Plague in India, 1896, 1897 - Volume 1
Year: 1896
Disease focus: Plague
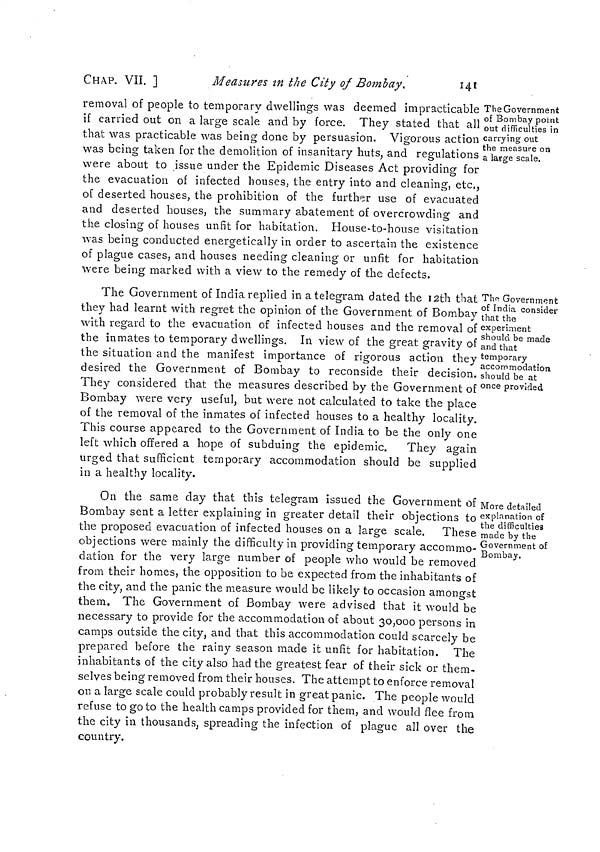
CHAP. VII. ]
Measures in the City of Bombay.
141
The Government
of Bombay point
out difficulties in
carrying out
the measure on
a large scale.
removal of people to temporary dwellings was deemed impracticable
if carried out on a large scale and by force. They stated that all
that was practicable was being done by persuasion. Vigorous action
was being taken for the demolition of insanitary huts, and regulations
were about to issue under the Epidemic Diseases Act providing for
the evacuation of infected houses, the entry into and cleaning, etc.,
of deserted houses, the prohibition of the further use of evacuated
and deserted houses, the summary abatement of overcrowding and
the closing of houses unfit for habitation. House-to-house visitation
was being conducted energetically in order to ascertain the existence
of plague cases, and houses needing cleaning or unfit for habitation
were being marked with a view to the remedy of the defects.
The Government
of India consider
that the
experiment
should be made
and that
temporary
accommodation
should be at
once provided.
The Government of India replied in a telegram dated the 12th that
they had learnt with regret the opinion of the Government of Bombay
with regard to the evacuation of infected houses and the removal of
the inmates to temporary dwellings. In view of the great gravity of
the situation and the manifest importance of rigorous action they
desired the Government of Bombay to reconside their decision.
They considered that the measures described by the Government of
Bombay were very useful, but were not calculated to take the place
of the removal of the inmates of infected houses to a healthy locality.
This course appeared to the Government of India to be the only one
left which offered a hope of subduing the epidemic. They again
urged that sufficient temporary accommodation should be supplied
in a healthy locality.
More detailed
explanation of
the difficulties
made by the
Government of
Bombay.
On the same day that this telegram issued the Government of
Bombay sent a letter explaining in greater detail their objections to
the proposed evacuation of infected houses on a large scale. These
objections were mainly the difficulty in providing temporary accommo-
dation for the very large number of people who would be removed
from their homes, the opposition to be expected from the inhabitants of
the city, and the panic the measure would be likely to occasion amongst
them. The Government of Bombay were advised that it would be
necessary to provide for the accommodation of about 30,000 persons in
camps outside the city, and that this accommodation could scarcely be
prepared before the rainy season made it unfit for habitation. The
inhabitants of the city also had the greatest fear of their sick or them-
selves being removed from their houses. The attempt to enforce removal
on a large scale could probably result in great panic. The people would
refuse to go to the health camps provided for them, and would flee from
the city in thousands, spreading the infection of plague all over the
country.